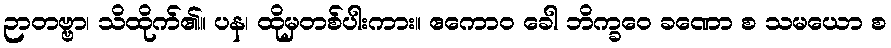
ဉာတဗ္ဗာ၊ သိထိုက်၏။ ပန၊ ထိုမှတစ်ပါးကား။ ဧကောဝ ခေါ ဘိက္ခဝေ ခဏော စ သမယော စ